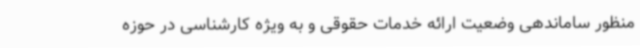
منظور ساماندهی وضعیت ارائه خدمات حقوقی و به ویژه کارشناسی در حوزه